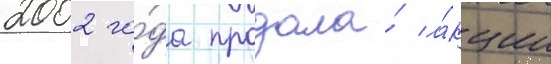
2002 го́да продала́ а́кции